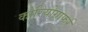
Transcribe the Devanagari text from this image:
कोरियोग्राफर्र